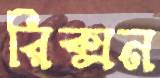
রিক্সন